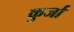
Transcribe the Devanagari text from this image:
कुर्जा